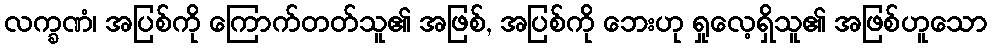
လက္ခဏံ၊ အပြစ်ကို ကြောက်တတ်သူ၏ အဖြစ်, အပြစ်ကို ဘေးဟု ရှုလေ့ရှိသူ၏ အဖြစ်ဟူသော